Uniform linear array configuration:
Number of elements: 32
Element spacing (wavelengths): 0.5
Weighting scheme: blackman
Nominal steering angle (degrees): -45
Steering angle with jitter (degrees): -46.268
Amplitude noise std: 0.05
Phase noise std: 0.05

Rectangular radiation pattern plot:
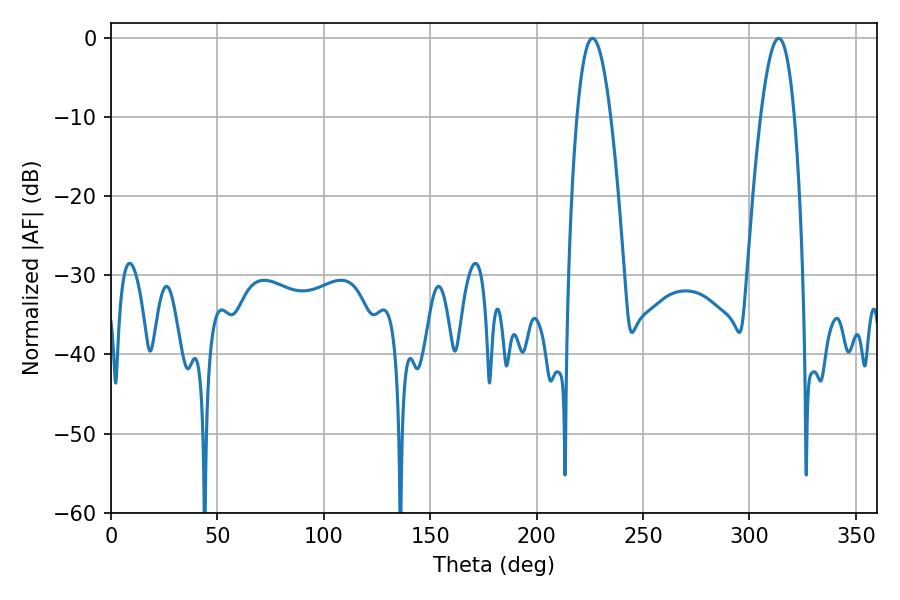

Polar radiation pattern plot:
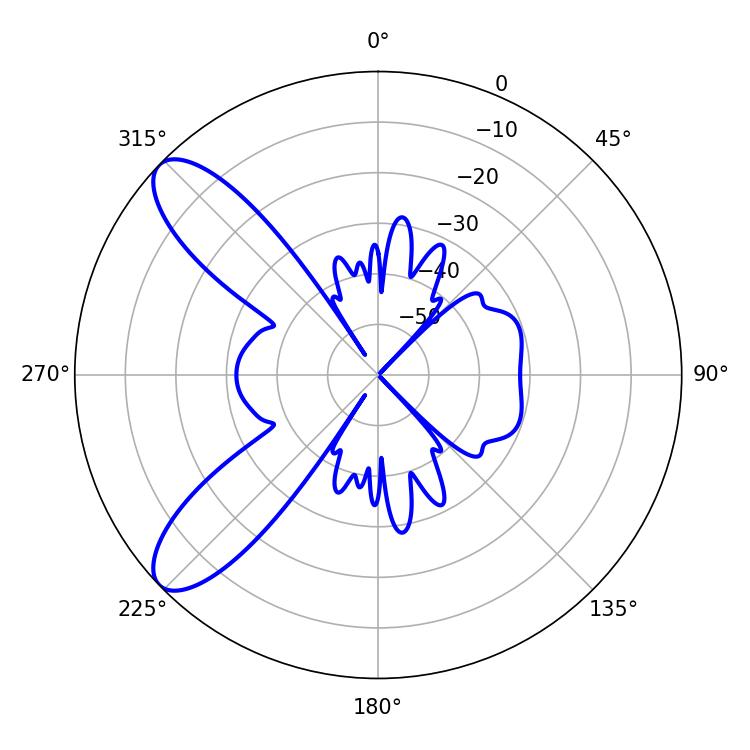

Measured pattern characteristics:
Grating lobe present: FALSE
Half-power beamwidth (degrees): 8.64
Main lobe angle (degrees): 226.26